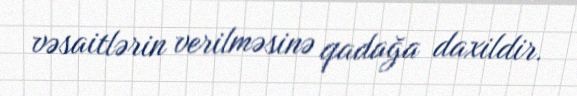
vəsaitlərin verilməsinə qadağa daxildir.